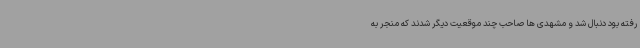
رفته بود دنبال شد و مشهدی ها صاحب چند موقعیت دیگر شدند که منجر به